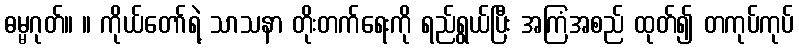
ဓမ္မဂုတ်။ ။ ကိုယ်တော်ရဲ့ သာသနာ တိုးတက်ရေးကို ရည်ရွယ်ပြီး အကြံအစည် ထုတ်၍ တကုပ်ကုပ်